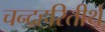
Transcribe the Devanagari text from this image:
चन्द्रहरितीर्थ